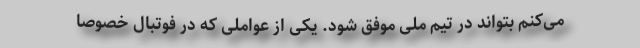
می‌کنم بتواند در تیم ملی موفق شود. یکی از عواملی که در فوتبال خصوصاً